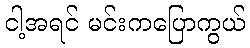
ငါ့အရင် မင်းကပြောကွယ်